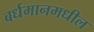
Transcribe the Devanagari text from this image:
बर्धमानमधील